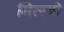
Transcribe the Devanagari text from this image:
मिलबो